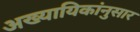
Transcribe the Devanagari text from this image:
अख्यायिकांनुसार